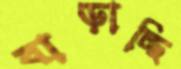
বাড়াচ্ছি